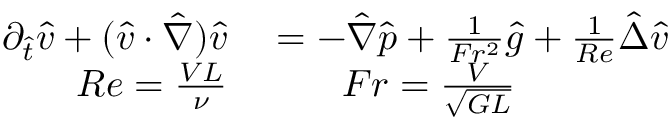
\begin{array} { r l } { \partial _ { \hat { t } } \hat { v } + ( \hat { v } \cdot \hat { \nabla } ) \hat { v } } & { { } = - \hat { \nabla } \hat { p } + \frac { 1 } { F r ^ { 2 } } \hat { g } + \frac { 1 } { R e } \hat { \Delta } \hat { v } } \\ { R e = \frac { V L } { \nu } } & { { } \qquad F r = \frac { V } { \sqrt { G L } } } \end{array}